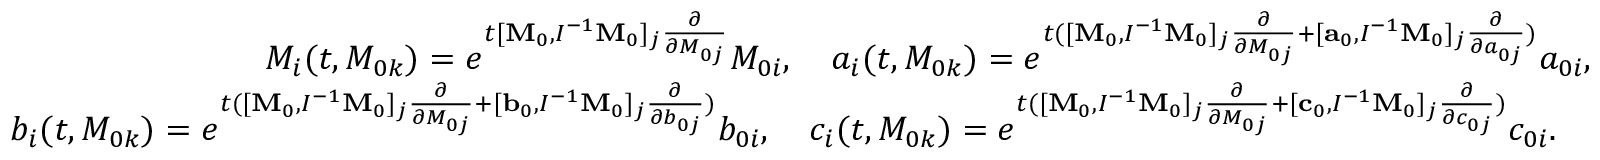
\begin{array} { r } { M _ { i } ( t , M _ { 0 k } ) = e ^ { t [ { \bf M } _ { 0 } , I ^ { - 1 } { \bf M } _ { 0 } ] _ { j } \frac { \partial } { \partial M _ { 0 j } } } M _ { 0 i } , \quad a _ { i } ( t , M _ { 0 k } ) = e ^ { t ( [ { \bf M } _ { 0 } , I ^ { - 1 } { \bf M } _ { 0 } ] _ { j } \frac { \partial } { \partial M _ { 0 j } } + [ { \bf a } _ { 0 } , I ^ { - 1 } { \bf M } _ { 0 } ] _ { j } \frac { \partial } { \partial a _ { 0 j } } ) } a _ { 0 i } , } \\ { b _ { i } ( t , M _ { 0 k } ) = e ^ { t ( [ { \bf M } _ { 0 } , I ^ { - 1 } { \bf M } _ { 0 } ] _ { j } \frac { \partial } { \partial M _ { 0 j } } + [ { \bf b } _ { 0 } , I ^ { - 1 } { \bf M } _ { 0 } ] _ { j } \frac { \partial } { \partial b _ { 0 j } } ) } b _ { 0 i } , \quad c _ { i } ( t , M _ { 0 k } ) = e ^ { t ( [ { \bf M } _ { 0 } , I ^ { - 1 } { \bf M } _ { 0 } ] _ { j } \frac { \partial } { \partial M _ { 0 j } } + [ { \bf c } _ { 0 } , I ^ { - 1 } { \bf M } _ { 0 } ] _ { j } \frac { \partial } { \partial c _ { 0 j } } ) } c _ { 0 i } . \quad } \end{array}